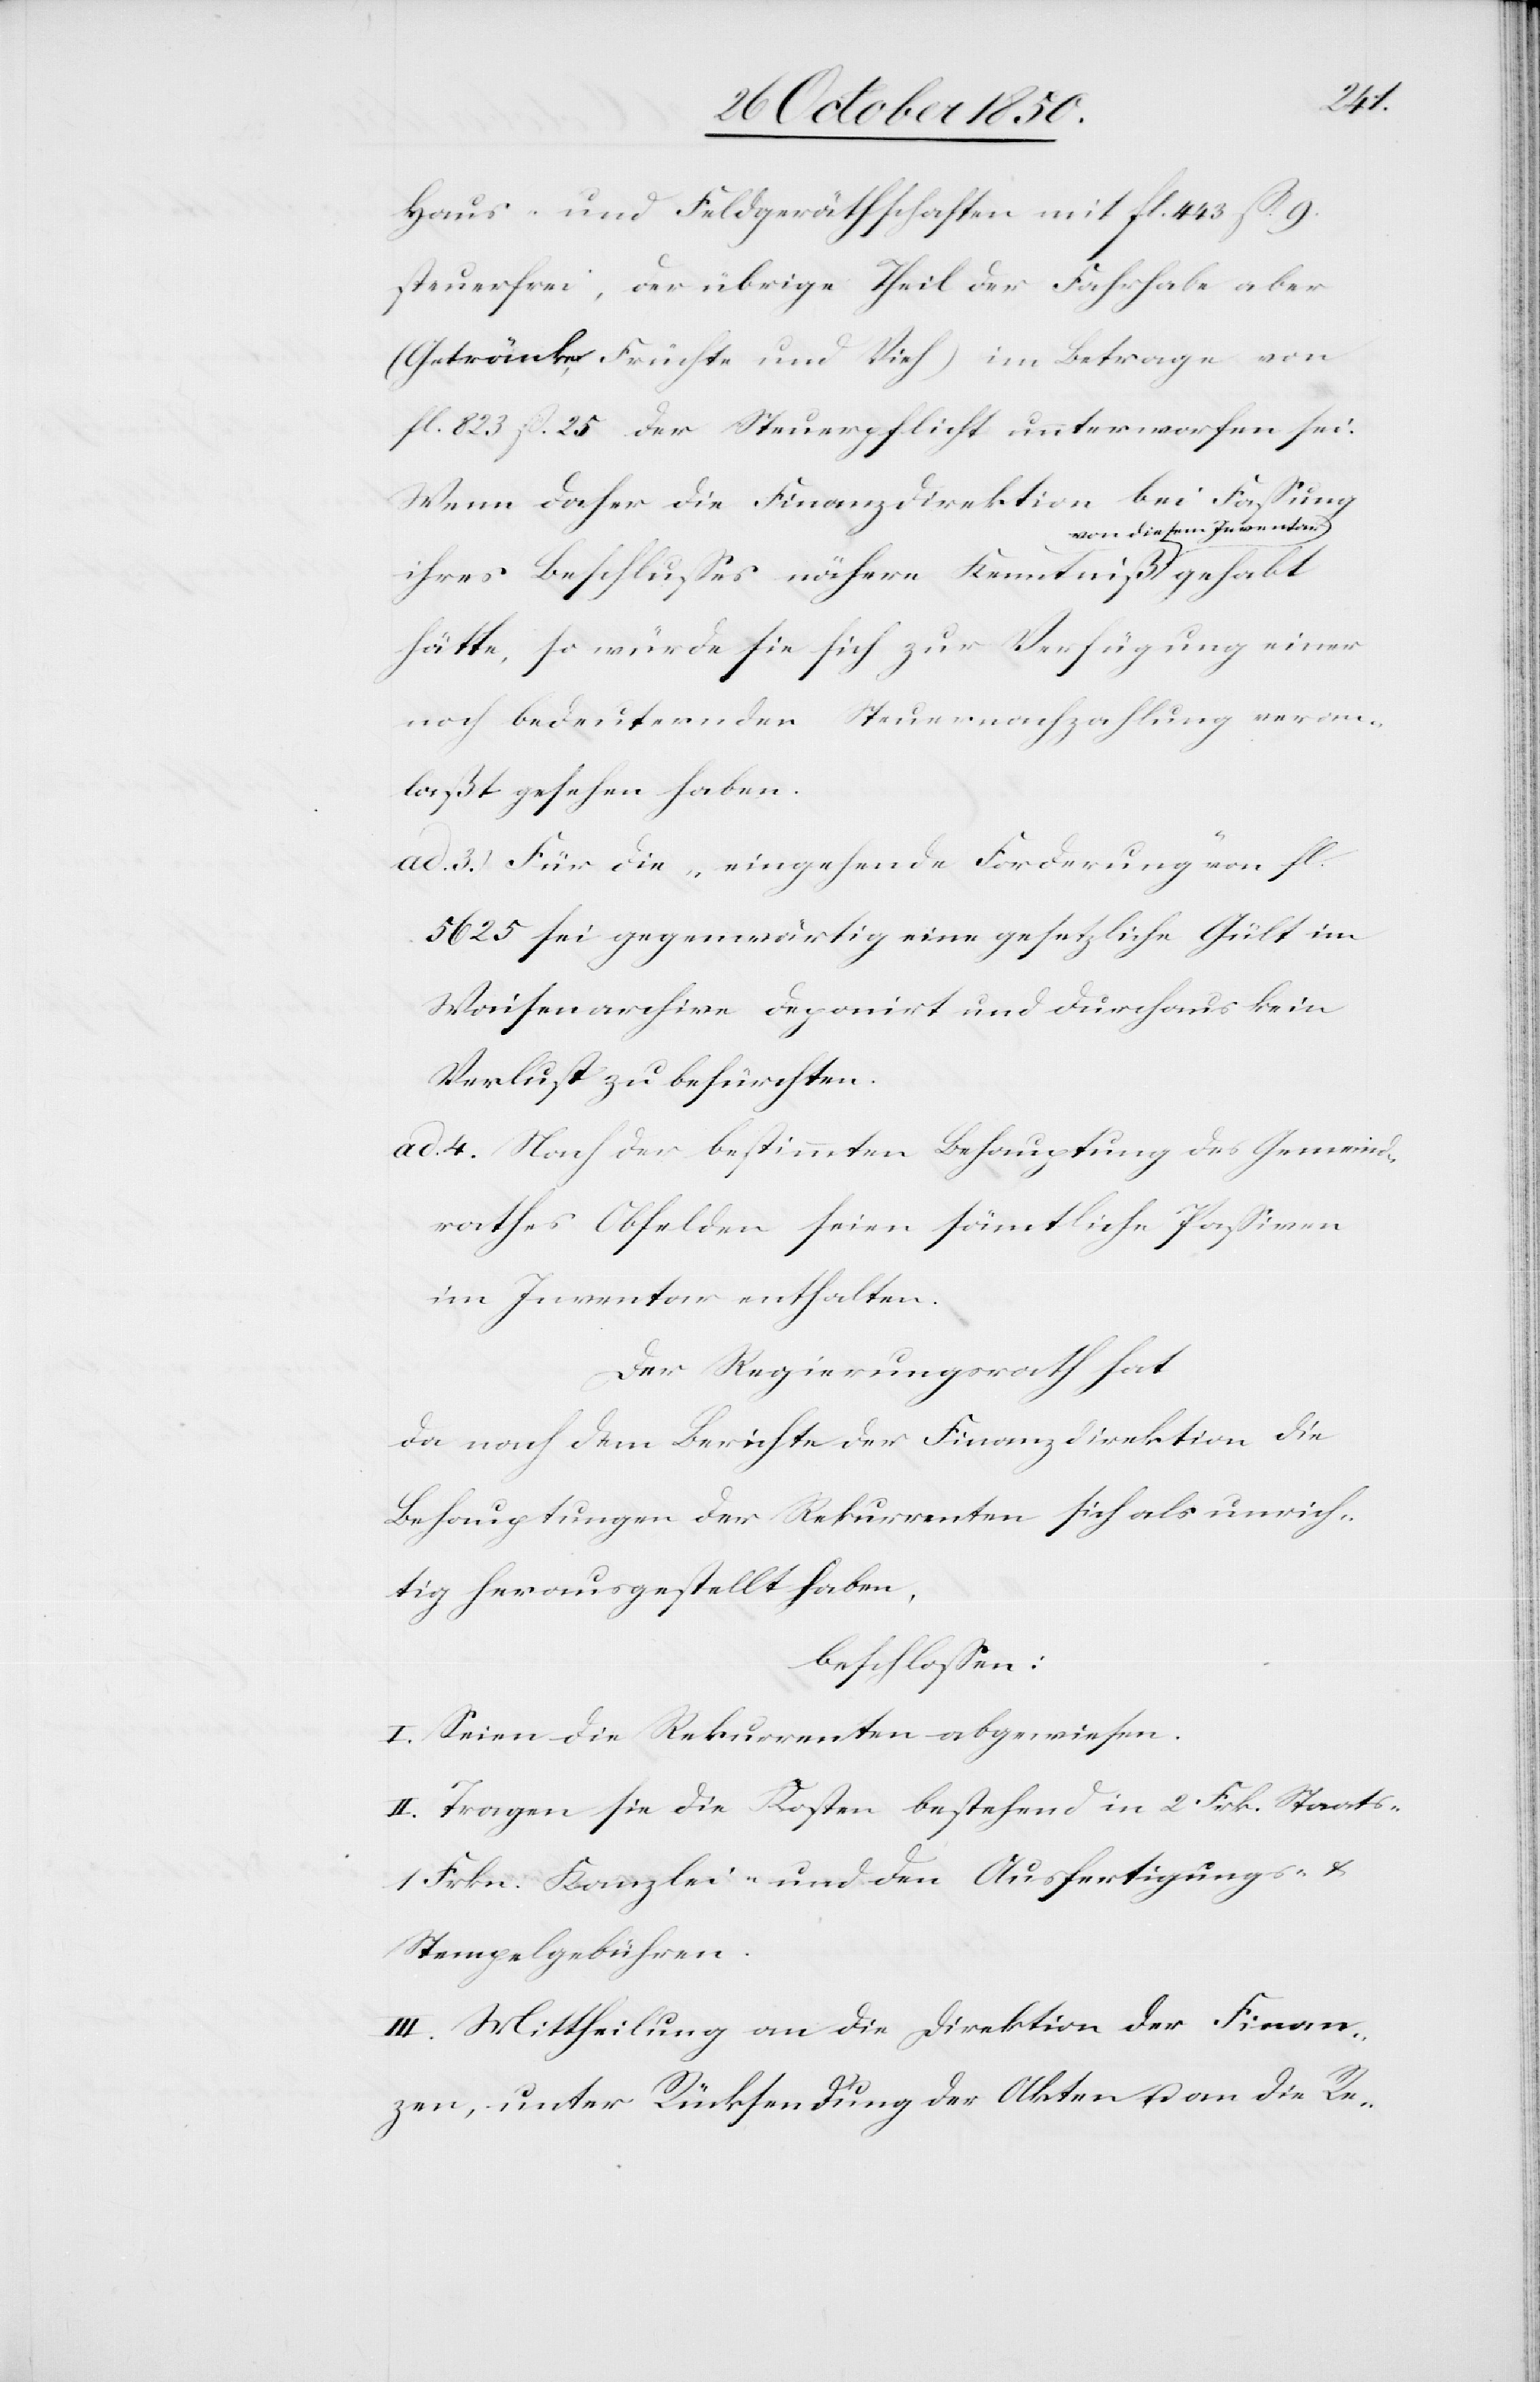
Haus- und Feldgeräthschaften mit fl. 443 ß 9
steuerfrei, der übrige Theil der Fahrhabe aber
(Getränke, Früchte und Vieh) im Betrage von
fl. 823 ß. 25 der Steuerpflicht unterworfen sei.
Wenn daher die Finanzdirektion bei Fassung
n diesem Inventar
ihres Beschlusses nähere Kenntniß vo¬
hätte, so würde sie sich zur Verfügung einer
noch bedeuternden Steuernachzahlung veran¬
laßt gesehen haben.
ad. 3.) Für die „eingehende Forderung“ von fl.
5625 sei gegenwärtig eine gesetzliche Gült im
Waisenarchive deponirt und durchaus kein
Verlust zu befürchten.
ad. 4. Nach der bestimmten Behauptung des Gemeind¬
rathes Obfelden seien sämtliche Passiven
im Inventar enthalten.
Der Regierungsrath hat
da nach dem Berichte der Finanzdirektion die
Behauptungen der Rekurrenten sich als unrich¬
tig herausgestellt haben,
beschlossen:
I. Seien die Rekurrenten abgewiesen.
II. Tragen sie die Kosten bestehend in 2 Frk. Staats-
1 Frkn. Kanzlei- und den Ausfertigungs- u.
Stempelgebühren.
III. Mittheilung an die Direktion der Finan¬
zen, unter Rücksendung der Akten u. an die Re-